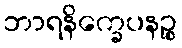
ဘာရနိက္ခေပနဉ္စ